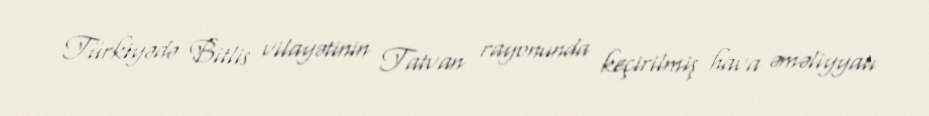
Türkiyədə Bitlis vilayətinin Tatvan rayonunda keçirilmiş hava əməliyyatı